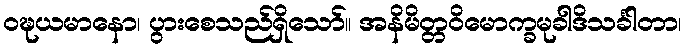
ဝဍ္ဎယမာနော၊ ပွားစေသည်ရှိသော်။ အနိမိတ္တဝိမောက္ခမုခါဒိသင်္ခါတာ၊